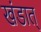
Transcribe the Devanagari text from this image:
खंडात्